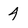
Character: 4